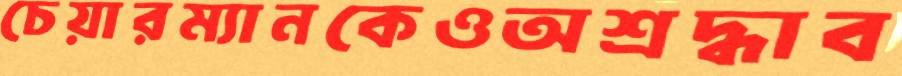
চেয়ারম্যানকেওঅশ্রদ্ধাব